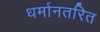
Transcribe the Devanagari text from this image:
धर्मानतरित